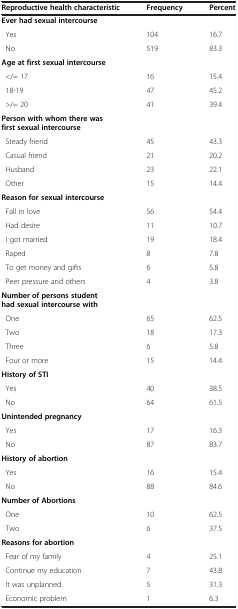
<table><thead><tr><td><b>Reproductive health characteristic</b></td><td><b>Frequency</b></td><td><b>Percent</b></td></tr></thead><tbody><tr><td><b>Ever had sexual intercourse</b></td><td> </td><td> </td></tr><tr><td> Yes</td><td>104</td><td>16.7</td></tr><tr><td> No</td><td>519</td><td>83.3</td></tr><tr><td><b>Age at first sexual intercourse</b></td><td> </td><td> </td></tr><tr><td> &lt;/= 17</td><td>16</td><td>15.4</td></tr><tr><td> 18-19</td><td>47</td><td>45.2</td></tr><tr><td> &gt;/= 20</td><td>41</td><td>39.4</td></tr><tr><td><b>Person with whom there was first sexual intercourse</b></td><td> </td><td> </td></tr><tr><td> Steady friend</td><td>45</td><td>43.3</td></tr><tr><td> Casual friend</td><td>21</td><td>20.2</td></tr><tr><td> Husband</td><td>23</td><td>22.1</td></tr><tr><td> Other</td><td>15</td><td>14.4</td></tr><tr><td><b>Reason for sexual intercourse</b></td><td> </td><td> </td></tr><tr><td> Fall in love</td><td>56</td><td>54.4</td></tr><tr><td> Had desire</td><td>11</td><td>10.7</td></tr><tr><td> I got married</td><td>19</td><td>18.4</td></tr><tr><td> Raped</td><td>8</td><td>7.8</td></tr><tr><td> To get money and gifts</td><td>6</td><td>5.8</td></tr><tr><td> Peer pressure and others</td><td>4</td><td>3.8</td></tr><tr><td><b>Number of persons student had sexual intercourse with</b></td><td> </td><td> </td></tr><tr><td> One</td><td>65</td><td>62.5</td></tr><tr><td> Two</td><td>18</td><td>17.3</td></tr><tr><td> Three</td><td>6</td><td>5.8</td></tr><tr><td> Four or more</td><td>15</td><td>14.4</td></tr><tr><td><b>History of STI</b></td><td> </td><td> </td></tr><tr><td> Yes</td><td>40</td><td>38.5</td></tr><tr><td> No</td><td>64</td><td>61.5</td></tr><tr><td><b>Unintended pregnancy</b></td><td> </td><td> </td></tr><tr><td> Yes</td><td>17</td><td>16.3</td></tr><tr><td> No</td><td>87</td><td>83.7</td></tr><tr><td><b>History of abortion</b></td><td> </td><td> </td></tr><tr><td> Yes</td><td>16</td><td>15.4</td></tr><tr><td> No</td><td>88</td><td>84.6</td></tr><tr><td><b>Number of Abortions</b></td><td> </td><td> </td></tr><tr><td> One</td><td>10</td><td>62.5</td></tr><tr><td> Two</td><td>6</td><td>37.5</td></tr><tr><td><b>Reasons for abortion</b></td><td> </td><td> </td></tr><tr><td> Fear of my family</td><td>4</td><td>25.1</td></tr><tr><td> Continue my education</td><td>7</td><td>43.8</td></tr><tr><td> It was unplanned</td><td>5</td><td>31.3</td></tr><tr><td> Economic problem</td><td>1</td><td>6.3</td></tr></tbody></table>